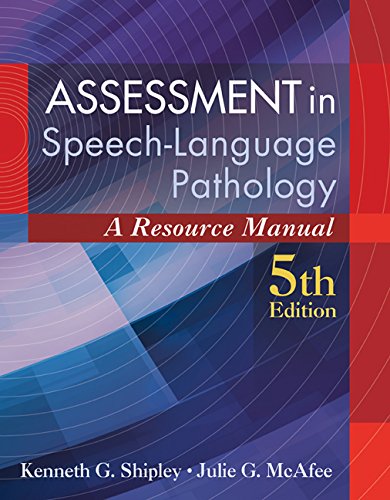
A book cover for Assessment in Speech-Language Pathology: A Resource Manual (includes Premium Web Site 2-Semester Printed Access Card); Kenneth G. Shipley; Medical Books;